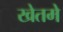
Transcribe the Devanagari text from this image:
खेतमे